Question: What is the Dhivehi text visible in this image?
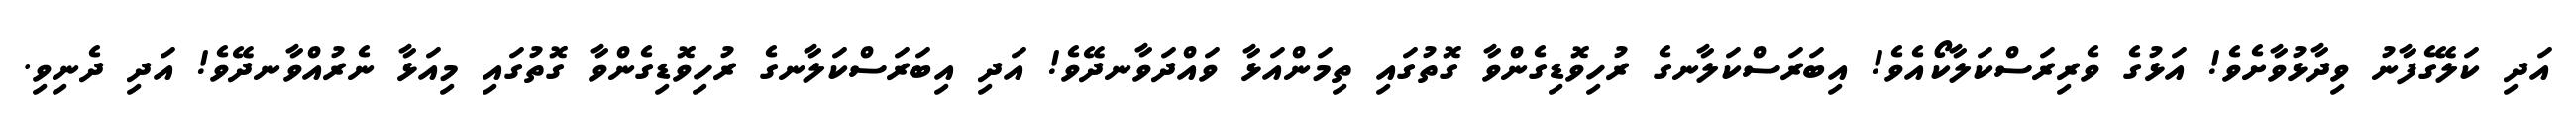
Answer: އަދި ކަލޭގެފާނު ވިދާޅުވާށެވެ! އަޅުގެ ވެރިރަސްކަލާކޯއެވެ! އިބަރަސްކަލާނގެ ރުހިވޮޑިގެންވާ ގޮތުގައި ތިމަންއަޅާ ވައްދަވާނދޭވެ! އަދި އިބަރަސްކަލާނގެ ރުހިވޮޑިގެންވާ ގޮތުގައި މިއަޅާ ނެރުއްވާނދޭވެ! އަދި ދެނިވި.